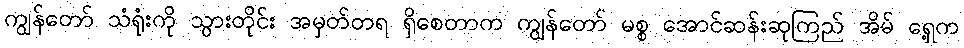
ကျွန်တော် သံရုံးကို သွားတိုင်း အမှတ်တရ ရှိစေတာက ကျွန်တော် မစ္စ အောင်ဆန်းဆုကြည် အိမ် ရှေ့က